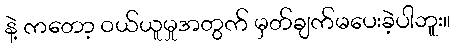
နဲ့ ကတော့ ဝယ်ယူမှုအတွက် မှတ်ချက်မပေးခဲ့ပါဘူး။